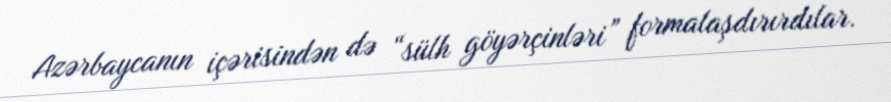
Azərbaycanın içərisindən də “sülh göyərçinləri” formalaşdırırdılar.